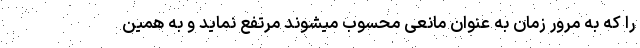
را که به مرور زمان به عنوان مانعی محسوب میشوند مرتفع نماید و به همین